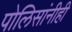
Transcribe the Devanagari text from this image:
पोलिसांनीही